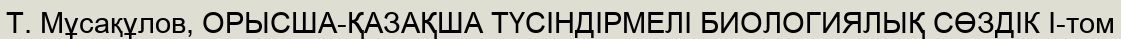
Т. Мұсақұлов, ОРЫСША-ҚАЗАҚША ТҮСІНДІРМЕЛІ БИОЛОГИЯЛЫҚ СӨЗДІК І-том